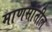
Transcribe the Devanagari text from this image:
माणसांतील